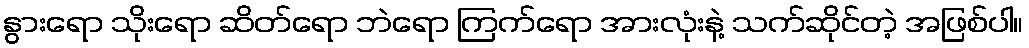
နွားရော သိုးရော ဆိတ်ရော ဘဲရော ကြက်ရော အားလုံးနဲ့ သက်ဆိုင်တဲ့ အဖြစ်ပါ။